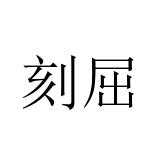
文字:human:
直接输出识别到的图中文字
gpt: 刻屈